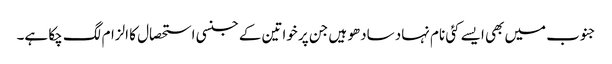
جنوب میں بھی ایسے کئی نام نہاد سادھو ہیں جن پر خواتین کے جنسی استحصال کا الزام لگ چکا ہے۔